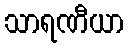
သာရဏီယာ